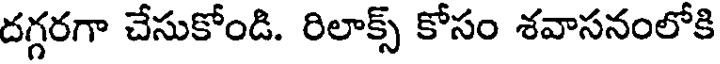
దగ్గరగా చేసుకోండి. రిలాక్స్ కోసం శవాసనంలోకి